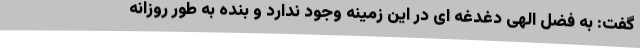
گفت: به فضل الهی دغدغه ای در این زمینه وجود ندارد و بنده به طور روزانه